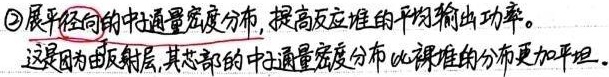
\textcircled{2}展平径向的中子通量密度分布，提高反应堆的平均输出功率。这是因为有反射层，其芯部的中子通量密度分布比裸堆的分布更加平坦。